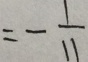
= - \frac { 1 } { 1 1 }